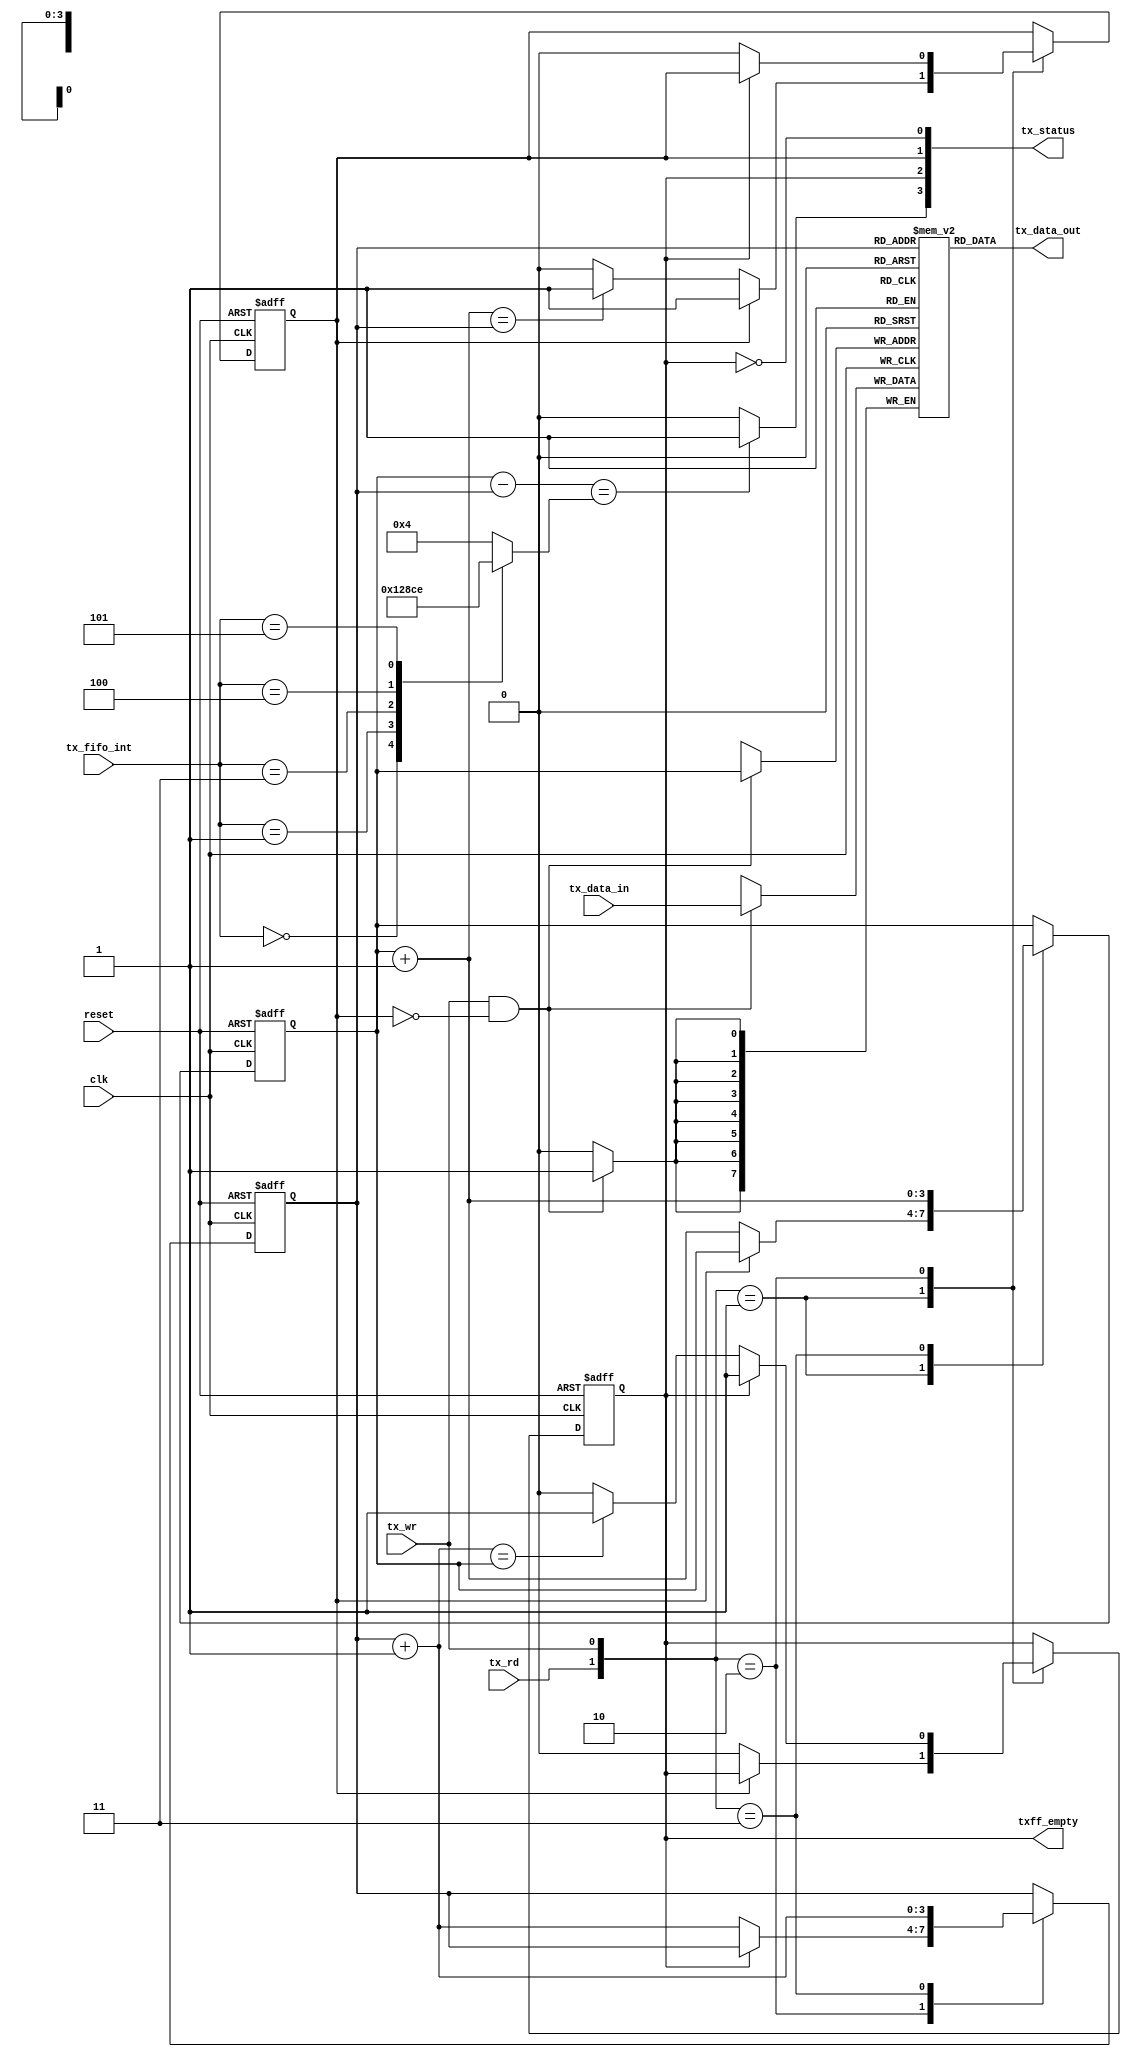
`timescale 1ns / 1ps

module uart_tx_fifo
  (
  input         clk, reset ,
  input   [7:0] tx_data_in,
  input   [2:0] tx_fifo_int,

  output  [7:0] tx_data_out,
  input   tx_rd, tx_wr ,
  output         txff_empty,
  output  [3:0]  tx_status
  );

parameter   W = 4 ;  // number of address line

reg [7:0]     tx_buf_array [2**W-1:0] ;
reg [W-1:0]   wr_ptr_reg, wr_ptr_next ;  //write pointer reg/next/accepted
reg [W-1:0]   rd_ptr_reg, rd_ptr_next ; //read pointer
reg   full_reg, empty_reg, full_next, empty_next;
reg  [3:0]     interrupt_level  ;
wire          interrupt ;


assign tx_data_out = tx_buf_array[rd_ptr_reg] ;           //NTC

initial begin
 #1 case(tx_fifo_int)
  3'b000: interrupt_level = 4'd1 ;
  3'b001: interrupt_level = 4'd2 ;
  3'b010: interrupt_level = 4'd4 ;
  3'b011: interrupt_level = 4'd8 ;
  3'b100: interrupt_level = 4'd12;
  3'b101: interrupt_level = 4'd14;
  default: interrupt_level = 4'd4;
  endcase
  wr_ptr_next = 4'h0 ;
  rd_ptr_next = 4'h0 ;
  full_next   = 1'b0 ;
  empty_next  = 1'b1 ;
  wr_ptr_reg  = 4'h0 ;
  rd_ptr_reg  = 4'h0 ;
  full_reg    = 1'b0 ;
  empty_reg   = 1'b1 ;
end

always @(posedge clk or posedge reset)
begin
    if(reset)
      begin
      wr_ptr_reg <= 4'h0 ;
      rd_ptr_reg <= 4'h0;
      full_reg   <= 1'b0 ;
      empty_reg  <= 1'b1 ;

      end
    else
      begin
      wr_ptr_reg  <= wr_ptr_next ;
      rd_ptr_reg  <= rd_ptr_next ;
      full_reg    <= full_next   ;
      empty_reg   <= empty_next  ;

      end
end

always @(posedge clk)
begin
    if(tx_wr & ~full_reg)
    tx_buf_array[wr_ptr_reg] <= tx_data_in ;
end

always @(*)
begin
      wr_ptr_next = wr_ptr_reg ;
      rd_ptr_next = rd_ptr_reg ;
      full_next   = full_reg   ;
      empty_next  = empty_reg  ;

      case({tx_rd, tx_wr})
        2'b01:  //write
            if(~full_reg)
            begin
              wr_ptr_next  =  wr_ptr_reg + 1  ;
              empty_next   =  1'b0 ;
              if(wr_ptr_next == rd_ptr_reg)
              full_next = 1'b1 ;
            end
        2'b10:   //read
          if(~empty_reg)
            begin
              rd_ptr_next = rd_ptr_reg + 1 ;
              full_next   = 1'b0 ;
              if(rd_ptr_next == wr_ptr_reg)
              empty_next = 1'b1 ;
            end
        2'b11:  // read and write concurently
          begin
            wr_ptr_next = wr_ptr_reg + 1  ;
            rd_ptr_next = rd_ptr_reg + 1 ;
          end

      endcase

end
assign interrupt  = ((wr_ptr_reg - rd_ptr_reg)==interrupt_level)?1'b1:1'b0 ;
assign tx_status  = {interrupt, empty_reg, full_reg, ~empty_reg} ;
assign txff_empty = empty_reg ;


endmodule // uart_tx_fifo